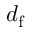
d _ { \mathrm { f } }